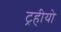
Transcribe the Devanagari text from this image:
ट्रहीयो